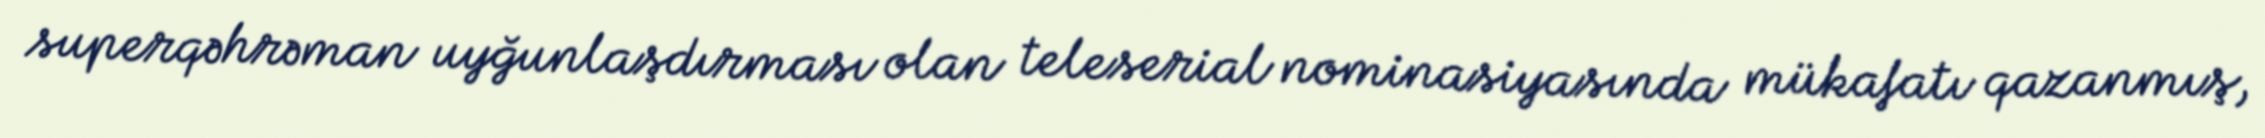
superqəhrəman uyğunlaşdırması olan teleserial nominasiyasında mükafatı qazanmış,